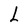
Character: L